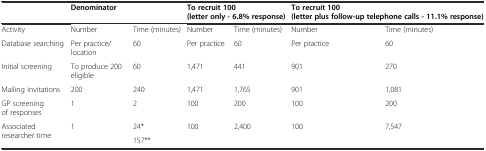
<table><thead><tr><td></td><td colspan="2"><b>Denominator</b></td><td colspan="2"><b>To recruit 100 (letter only - 6.8% response)</b></td><td colspan="2"><b>To recruit 100 (letter plus follow-up telephone calls - 11.1% response)</b></td></tr></thead><tbody><tr><td>Activity</td><td>Number</td><td>Time (minutes)</td><td>Number</td><td>Time (minutes)</td><td>Number</td><td>Time (minutes)</td></tr><tr><td>Database searching</td><td>Per practice/location</td><td>60</td><td>Per practice</td><td>60</td><td>Per practice</td><td>60</td></tr><tr><td>Initial screening</td><td>To produce 200 eligible</td><td>60</td><td>1,471</td><td>441</td><td>901</td><td>270</td></tr><tr><td>Mailing invitations</td><td>200</td><td>240</td><td>1,471</td><td>1,765</td><td>901</td><td>1,081</td></tr><tr><td>GP screening of responses</td><td>1</td><td>2</td><td>100</td><td>200</td><td>100</td><td>200</td></tr><tr><td rowspan="2">Associated researcher time</td><td rowspan="2">1</td><td>24*</td><td rowspan="2">100</td><td rowspan="2">2,400</td><td rowspan="2">100</td><td rowspan="2">7,547</td></tr><tr><td>157**</td></tr></tbody></table>